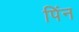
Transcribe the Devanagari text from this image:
पिंन